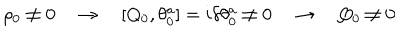
LaTeX: \rho _ { 0 } \not = 0 \quad \rightarrow \quad [ Q _ { 0 } , \theta _ { 0 } ^ { a } ] = i \delta \theta _ { 0 } ^ { a } \not = 0 \quad \rightarrow \quad Q _ { 0 } \not = 0